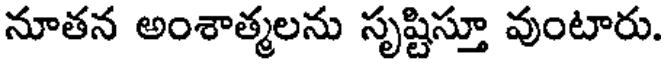
నూతన అంశాత్మలను సృష్టిస్తూ వుంటారు.